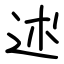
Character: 述